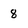
Character: 8